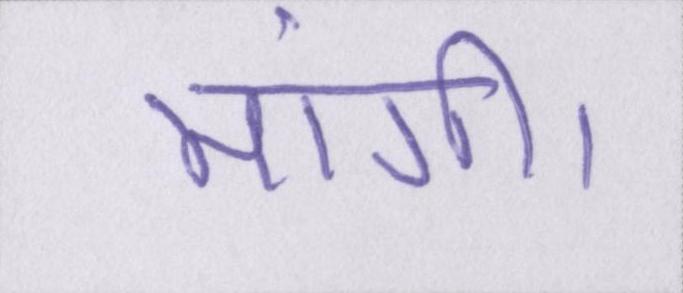
मांगी।